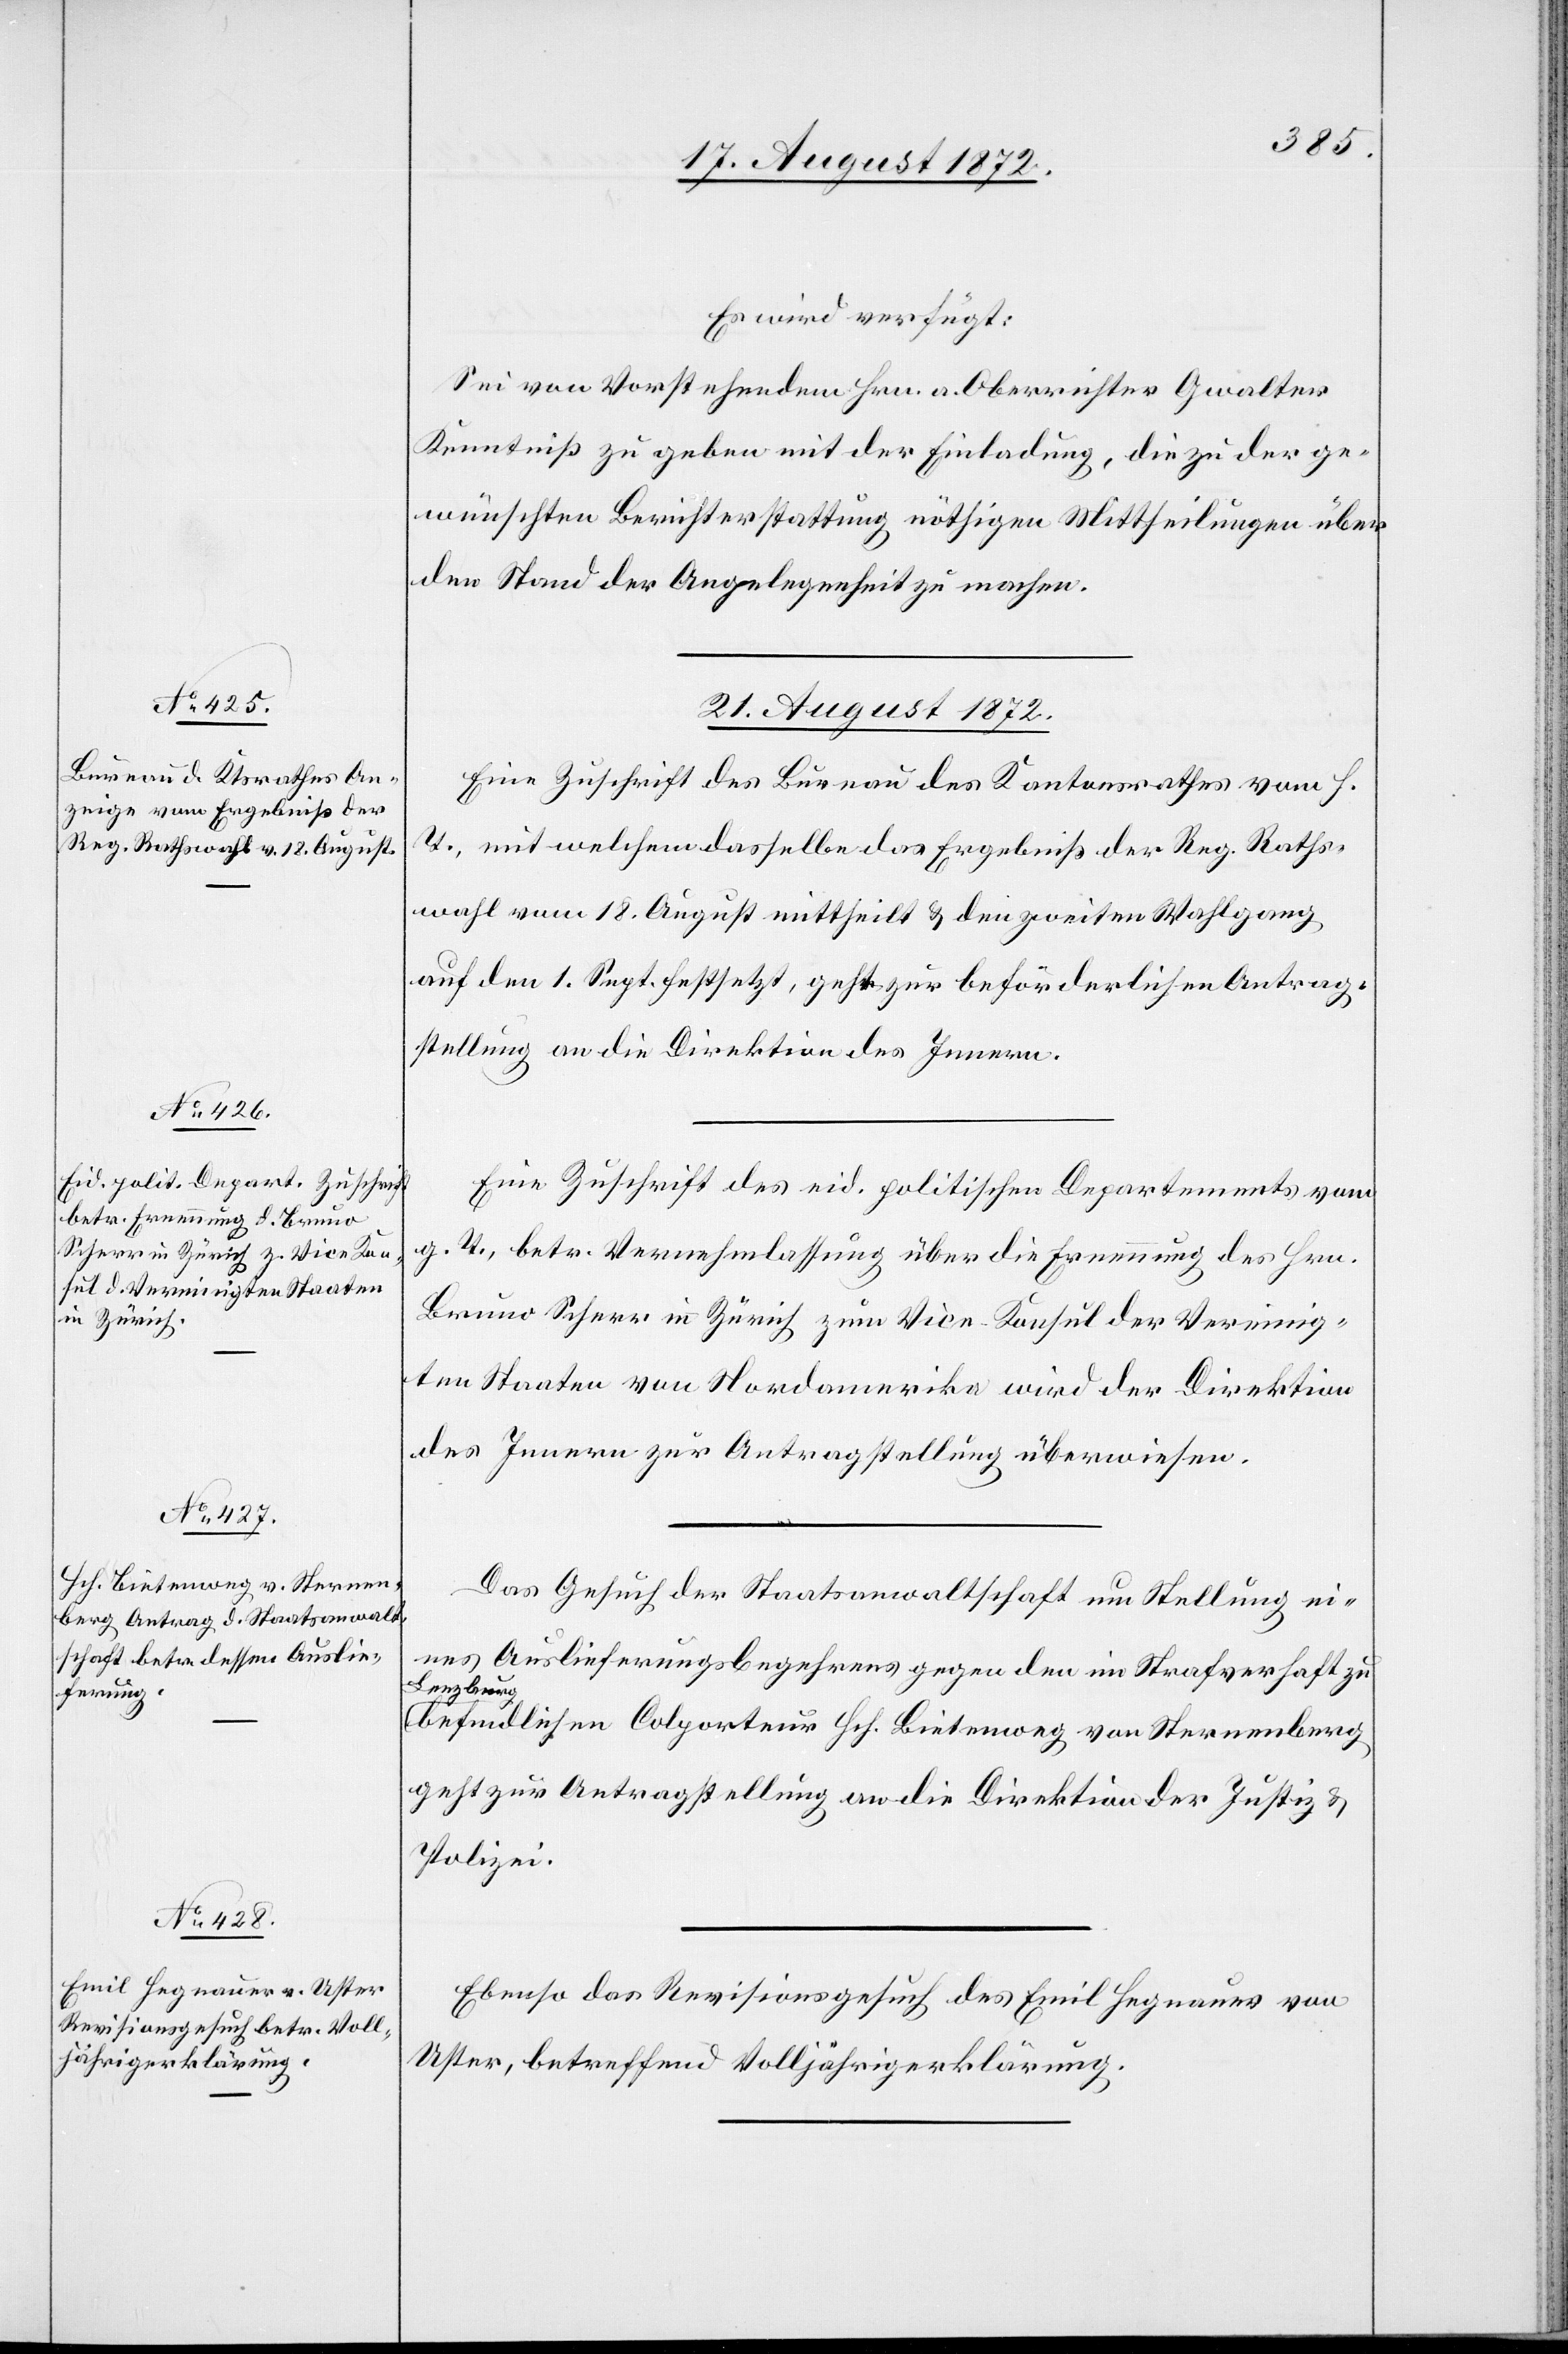
Es wird verfügt:
Sei von Vorstehenden Hrn. a. Oberrichter Gwalter
Kenntniß zu geben mit der Einladung, die zu der ge¬
wünschten Berichterstattung nöthigen Mittheilungen über
den Stand der Angelegenheit zu machen.
21. August 1872.]
Eine Zuschrift des Bureau des Kantonsrathes vom h.
T., mit welchem dasselbe das Ergebniß der Reg. Raths¬
wahl vom 18. August mittheilt u. den zweiten Wahlgang
auf den 1. Sept. festsetzt, geht zur beförderlichen Antrag¬
stellung an die Direktion des Innern.
Eine Zuschrift des eid. politischen Departements vom
g. T., betr. Vernehmlassung über die Ernennung des Hrn.
Bruno Scherr in Zürich zum Vice-Konsul der Vereinig¬
ten Staaten von Nordamerika wird der Direktion
des Innern zur Antragstellung überwiesen.
Das Gesuch der Staatsanwaltschaft um Stellung ei¬
nes Auslieferungsbegehrens gegen den im Strafverhaft zu
Lenzburg
befindlichen Colporteur Hch. Bietenweg von Sternenberg
geht zur Antragstellung an die Direktion der Justiz u.
Polizei.
Ebenso das Revisionsgesuch des Emil Hegnauer von
Uster, betreffend Volljährigerklärung.